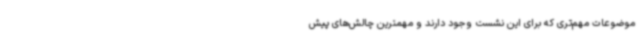
موضوعات مهم‌تری که برای این نشست وجود دارند و مهمترین چالش‌های پیش